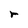
Character: r